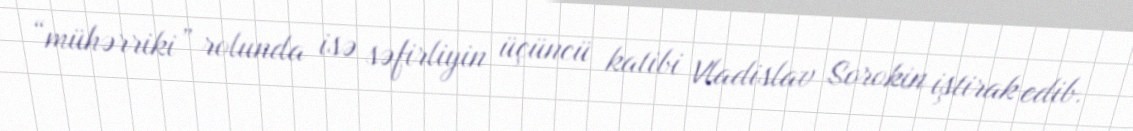
“mühərriki” rolunda isə səfirliyin üçüncü katibi Vladislav Sorokin iştirak edib.